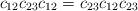
LaTeX: \begin{align*}c_{12}c_{23}c_{12}=c_{23}c_{12}c_{23}\end{align*}